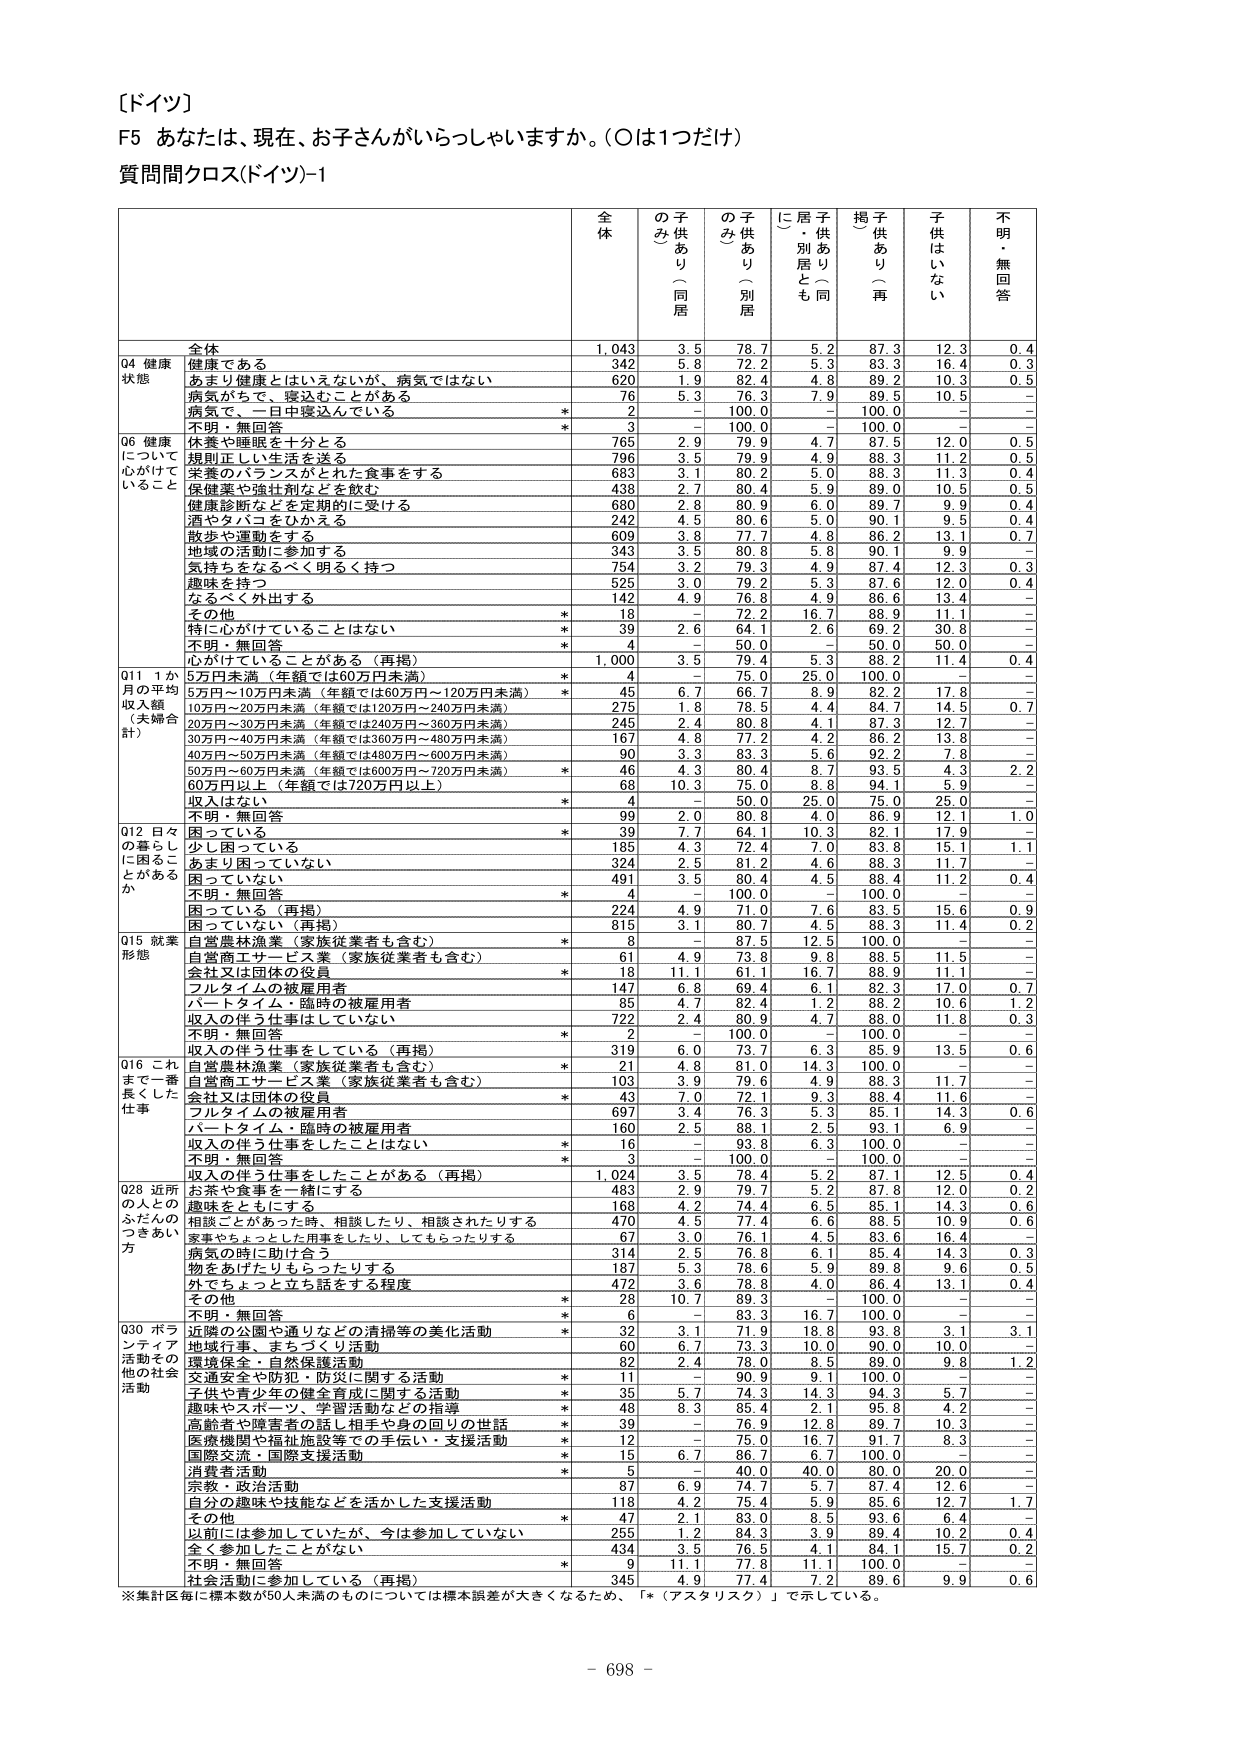
［ドイツ］
F5 あなたは、現在、お子さんがいらっしゃいますか。（○は1つだけ）
質問間クロス(ドイツ)-1

全体 の子供あり（同居） の子供あり（別居） に居・別居とも 同居 子供あり（再） 子供はいない 不明・無回答

Q4 健康状態
全体 1,043 3.5 78.7 5.2 87.3 12.3 0.4
健康である 342 5.8 72.2 5.3 83.3 16.4 0.3
あまり健康とはいえないが、病気ではない 620 1.9 82.4 4.8 89.2 10.3 0.5
病気がちで、寝込むことがある 76 5.3 76.3 7.9 89.5 10.5 -
病気で、一日中寝込んでいる * 2 - 100.0 - 100.0 - -
不明・無回答 * 3 - 100.0 - 100.0 - -

Q6 健康について心がけていること
休養や睡眠を十分とる 765 2.9 79.9 4.7 87.5 12.0 0.5
規則正しい生活を送る 796 3.5 79.9 4.9 88.3 11.2 0.5
栄養のバランスがとれた食事をする 683 3.1 80.2 5.0 88.3 11.3 0.4
健康診断や検診などを受ける 438 2.7 80.4 5.9 89.0 10.5 0.5
健康診断などを定期的に受ける 680 2.8 80.9 6.0 89.7 9.9 0.4
酒やタバコをひかえる 242 4.5 80.6 5.0 90.1 9.5 0.4
散歩や運動をする 609 3.8 77.7 4.8 86.2 13.1 0.7
地域の活動に参加する 343 3.5 80.8 5.8 90.1 9.9 -
気持ちをなるべく明るく持つ 754 3.2 79.3 4.9 87.4 12.3 0.3
趣味を持つ 525 3.0 79.2 5.3 87.6 12.0 0.4
なるべく外出する 142 4.9 76.8 4.9 86.6 13.4 -
その他 * 18 - 72.2 16.7 88.9 11.1 -
特に心がけていることはない * 39 2.6 64.1 2.6 69.2 30.8 -
不明・無回答 * 4 - 50.0 - 50.0 50.0 -
心がけていることがある（再掲） 1,000 3.5 79.4 5.3 88.2 11.4 0.4

Q11 1か月の平均収入額（夫婦合計）
5万円未満（年額では60万円未満） * 4 - 75.0 25.0 100.0 - -
5万円～10万円未満（年額では60万円～120万円未満） * 45 6.7 66.7 8.9 82.2 17.8 -
10万円～20万円未満（年額では120万円～240万円未満） 275 1.8 78.5 4.4 84.7 14.5 0.7
20万円～30万円未満（年額では240万円～360万円未満） 245 2.4 80.8 4.1 87.3 12.7 -
30万円～40万円未満（年額では360万円～480万円未満） 167 4.8 77.2 4.2 86.2 13.8 -
40万円～50万円未満（年額では480万円～600万円未満） 90 3.3 83.3 5.6 92.2 7.8 -
50万円～60万円未満（年額では600万円～720万円未満） * 46 4.3 80.4 8.7 93.5 4.3 2.2
60万円以上（年額では720万円以上） 68 10.3 75.0 8.8 94.1 5.9 -
収入はない * 4 - 50.0 25.0 75.0 25.0 -
不明・無回答 99 2.0 80.8 4.0 86.9 12.1 1.0

Q12 日々の暮らしに困ることがあるか
困っている * 39 7.7 64.1 10.3 82.1 17.9 -
少し困っている 185 4.3 72.4 7.0 83.8 15.1 1.1
あまり困っていない 324 2.5 81.2 4.6 88.3 11.7 -
困っていない 491 3.5 80.4 4.5 88.4 11.2 0.4
不明・無回答 * 4 - 100.0 - 100.0 - -
困っている（再掲） 224 4.9 71.0 7.6 83.5 15.6 0.9
困っていない（再掲） 815 3.1 80.7 4.5 88.3 11.4 0.2

Q15 就業形態
自営農林漁業（家族従業者も含む） * 8 - 87.5 12.5 100.0 - -
自営商工サービス業（家族従業者も含む） 61 4.9 73.8 9.8 88.5 11.5 -
会社又は団体の役員（家族従業者も含む） * 18 11.1 61.1 16.7 88.9 11.1 -
フルタイムの被雇用者 147 6.8 69.4 6.1 82.3 17.0 0.7
パートタイム・臨時の被雇用者 85 4.7 82.4 1.2 88.2 10.6 1.2
収入の伴う仕事はしていない 722 2.4 80.9 4.7 88.0 11.8 0.3
不明・無回答 * 2 - 100.0 - 100.0 - -
収入の伴う仕事をしている（再掲） 319 6.0 73.7 6.3 85.9 13.5 0.6

Q16 これまで一番長くした仕事
自営農林漁業（家族従業者も含む） * 21 4.8 81.0 14.3 100.0 - -
自営商工サービス業（家族従業者も含む） 103 3.9 79.6 4.9 88.3 11.7 -
会社又は団体の役員 * 43 7.0 72.1 9.3 88.4 11.6 -
フルタイムの被雇用者 697 3.4 76.3 5.3 85.1 14.3 0.6
パートタイム・臨時の被雇用者 160 2.5 88.1 2.5 93.1 6.9 -
収入の伴う仕事はしたことはない * 16 - 93.8 6.3 100.0 - -
不明・無回答 * 3 - 100.0 - 100.0 - -
収入の伴う仕事をしたことがある（再掲） 1,024 3.5 78.4 5.2 87.1 12.5 0.4

Q28 近所の人とのふれあいのつきあい方
お茶や食事を一緒にする 483 2.9 79.7 5.2 87.8 12.0 0.2
趣味をともにする 168 4.2 74.4 6.5 85.1 14.3 0.6
相談ことがあった時、相談したり、相談されたりする 470 4.5 77.4 6.6 88.5 10.9 0.6
家事やちょっとした用事をしたり、してもらったりする 67 3.0 76.1 4.5 83.6 16.4 -
病気の時に助け合う 314 2.5 76.8 6.1 85.4 14.3 0.3
物をあげたりもらったりする 187 5.3 78.6 5.9 89.8 9.6 0.5
外でちょっと立ち話をする程度 472 3.6 78.8 4.0 86.4 13.1 0.4
その他 * 28 10.7 89.3 - 100.0 - -
不明・無回答 * 6 - 83.3 16.7 100.0 - -

Q30 ボランティア活動その他の社会活動
近隣の公園や通りなどの清掃等の美化活動 * 32 3.1 71.9 18.8 93.8 3.1 3.1
地域行事、まちづくり活動 60 6.7 73.3 10.0 90.0 10.0 -
環境保全・自然保護活動 82 2.4 78.0 8.5 89.0 9.8 1.2
交通安全や防犯・防災に関する活動 * 11 - 90.9 9.1 100.0 - -
子供や青少年の健全育成に関する活動 * 35 5.7 74.3 14.3 94.3 5.7 -
趣味やスポーツ、学習活動などの指導 * 48 8.3 85.4 2.1 95.8 4.2 -
高齢者や障害者の話し相手や身の回りの世話 * 39 - 76.9 12.8 89.7 10.3 -
医療機関や福祉施設等での手伝い・支援活動 * 12 - 75.0 16.7 91.7 8.3 -
国際交流・国際支援活動 * 15 6.7 86.7 6.7 100.0 - -
消費者活動 * 5 - 40.0 40.0 80.0 20.0 -
宗教・政治活動 87 6.9 74.7 5.7 87.4 12.6 -
自分の趣味や技能などを活かした支援活動 118 4.2 75.4 5.9 85.6 12.7 1.7
その他 * 47 2.1 83.0 8.5 93.6 6.4 -
以前には参加していたが、今は参加していない 255 1.2 84.3 3.9 89.4 10.2 0.4
全く参加したことがない 434 3.5 76.5 4.1 84.1 15.7 0.2
不明・無回答 * 9 11.1 77.8 11.1 100.0 - -
社会活動に参加している（再掲） 345 4.9 77.4 7.2 89.6 9.9 0.6

※集計毎に標本数が50人未満のものについては標本誤差が大きくなるため、「*（アスタリスク）」で示している。

- 698 -